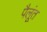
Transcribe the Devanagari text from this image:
पैलूंत